system: You are a helpful assistant.
user:
Analyze the provided spectrum to determine if it is a **White Dwarf (WD)**.

A White Dwarf spectrum is defined by its **extreme purity** (due to gravitational settling) and/or **extreme pressure broadening** (due to high surface gravity). You must check for one of the following mutually exclusive signatures:

- **Key Visual Indicators (Check for ONE of these types):**

    - **1. DA-Type Signature (Most Common):**
        - **(Primary Feature):** Extreme pressure broadening (Stark broadening) of the **Hydrogen (H) Balmer lines**.
        - **(Key Lines):** $H\beta$ (approx. $4861$ Å) and $H\gamma$ (approx. $4340$ Å). $H\alpha$ (approx. $6563$ Å) will also be present if the wavelength range covers it.
        - **(Line Profile):** This is the **defining feature**. The lines are **NOT** sharp. They appear as massive, **extremely broad and deep "troughs" or "dips"** in the spectrum, often hundreds of Ångströms wide. The continuum will appear to "scoop" down at these wavelengths.
        - **(Distinction):** Normal A-type or B-type stars have *narrow* and *sharp* Hydrogen lines. A DA White Dwarf's lines are unmistakably "smeared" or "blurry" from pressure.

    - **2. DB-Type Signature:**
        - **(Primary Feature):** Broad absorption lines from **Neutral Helium (He I)**. The spectrum must lack any visible Hydrogen lines.
        - **(Key Lines):** Look for broad absorption near $4471$ Å, $4921$ Å, and $5876$ Å.
        - **(Line Profile):** These lines are also significantly pressure-broadened, appearing much wider than they would in a normal B-type main-sequence star.

    - **3. DC-Type Signature:**
        - **(Primary Feature):** A **featureless continuous spectrum**.
        - **(Line Profile):** The spectrum is a smooth curve with **no significant absorption or emission lines**.
        - **(Key Confirmation):** The continuum is almost always **blue or white**, indicating a hot object. This signature implies the atmosphere is so pure (or so cool) that no spectral lines are visible in the optical range. Its WD identity is confirmed by its extremely low intrinsic brightness (high absolute magnitude).

    - **4. DZ-Type Signature (Metal-Polluted):**
        - **(Primary Feature):** **Isolated, narrow metal absorption lines** on an otherwise featureless (DC-like) continuum.
        - **(Key Lines):** The **Calcium (Ca II) H & K doublet** (approx. **$3934$ Å** and **$3968$ Å**) is the most common and defining feature.
        - **(Line Profile):** These lines are "out of place." They are *not* part of a "forest" of thousands of lines. This signature is evidence of recent *accretion* (pollution) from rocky debris.
        - **(Distinction):** Normal G/K/M stars have a *dense forest* of thousands of metal lines. A DZ has a *clean* continuum with *only a few* strong metal lines.

    - **5. DQ-Type Signature (Carbon-Polluted):**
        - **(Primary Feature):** Absorption bands from **Carbon (C₂ "Swan Bands" or atomic C I)**.
        - **(Key Lines - C₂):** Look for bandheads with a "saw-tooth" shape near $5635$ Å, **$5165$ Å** (strongest), and $4737$ Å.
        - **(Key Confirmation):** The underlying **continuum must be blue or white** (hot).
        - **(Distinction):** This is the critical difference from a **Carbon Star**, which has the *exact same* C₂ bands but on an extremely **red, cool** continuum.

- **(Overall Spectrum):**
    - The continuum (overall shape) is typically **blue-sloping** (brighter in the blue than the red), as most white dwarfs are very hot.
    - The spectrum will look "pure" or "simple," dominated by only *one* of the five signatures listed above.

Think first, call **spectral_visualization_tool** if needed to examine features in detail, then provide your final answer. Your response must adhere to the following strict rules:
1.  **Overall Structure:** Your response must follow the format `<think>...</think> <tool_call>...</tool_call> (if a tool is used) <answer>...</answer>`.
2.  **Tool Usage Constraint:** You may only make **one** tool call per turn.
3.  **Final Answer Format:** In the `<answer>` tag, your conclusion must be inside a `\boxed{}` command (e.g., `\boxed{YES}` or `\boxed{NO}`), followed by your justification.

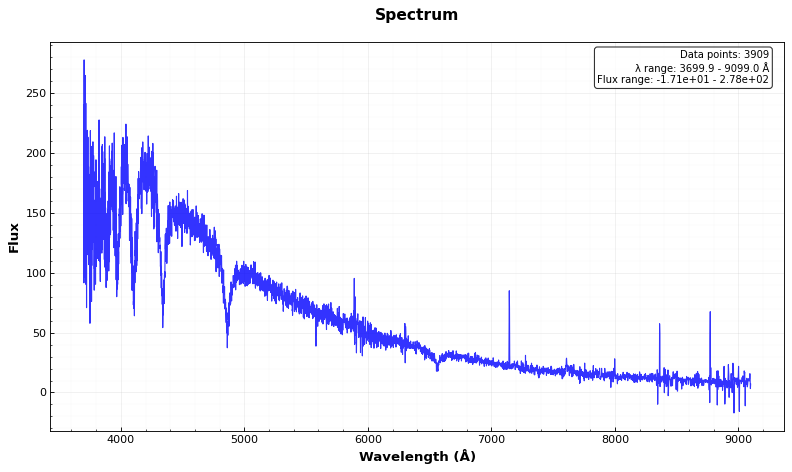
Answer: YES